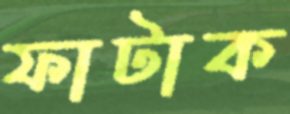
ফাটাক